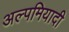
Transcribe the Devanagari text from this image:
अल्पमियादी